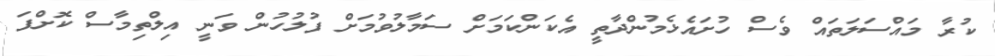
ކުރާ މައްސަލަތައް ވެސް ހުށައެޅެމުންދާތީ އެކަންކަމަށް ސަމާލުވުމަށް ފުލުހުން ވަނީ އިލްތިމާސް ކޮށްފަ